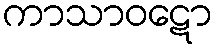
ကာသာဝဋော